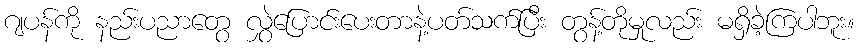
ဂျပန်ကို နည်းပညာတွေ လွှဲပြောင်းပေးတာနဲ့ပတ်သက်ပြီး တွန့်တိုမှုလည်း မရှိခဲ့ကြပါဘူး။